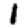
Digit: 1